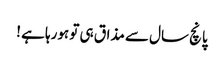
پانچ سال سے مذاق ہی تو ہورہا ہے !